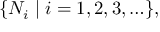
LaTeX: \{ N _ { i } \mid i = 1 , 2 , 3 , \ldots \} ,